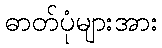
ဓာတ်ပုံများအား